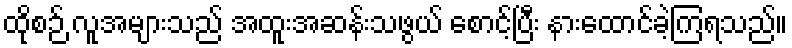
ထိုစဉ် လူအများသည် အထူးအဆန်းသဖွယ် စောင့်ပြီး နားထောင်ခဲ့ကြရသည်။